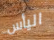
اليأس